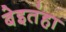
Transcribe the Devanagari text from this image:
बेइतंहा